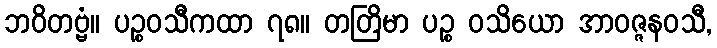
ဘဝိတဗ္ဗံ။ ပဉ္စဝသီကထာ ၇၈။ တတြိမာ ပဉ္စ ဝသိယော အာဝဇ္ဇနဝသီ,